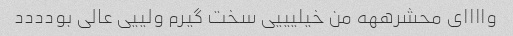
واااای محشرههه من خیلیییی سخت گیرم ولییی عالی بودددد